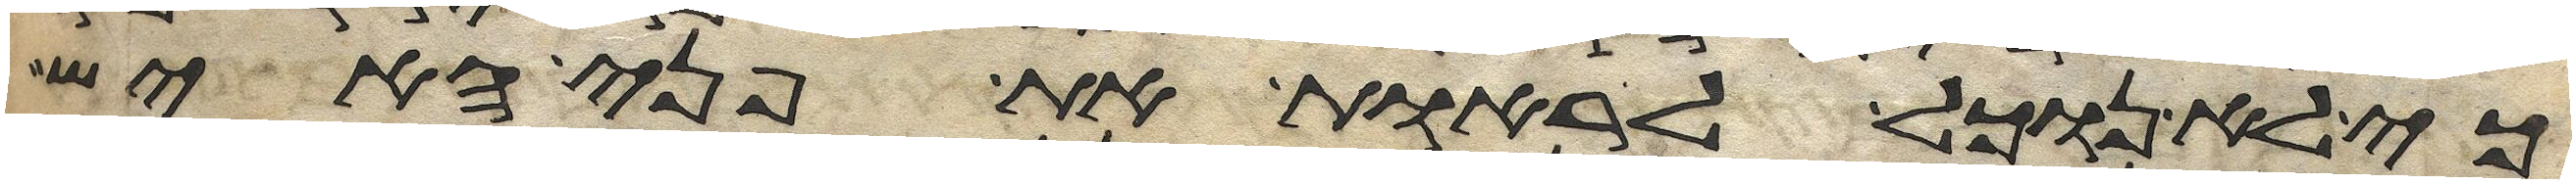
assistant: כי לא נוכל לראות את פני האיש